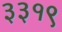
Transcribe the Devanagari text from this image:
३३१९